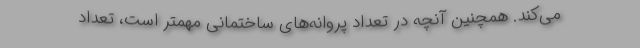
می‌کند. همچنین آنچه در تعداد پروانه‌های ساختمانی مهمتر است، تعداد